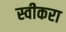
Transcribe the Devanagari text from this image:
स्वीकरा